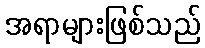
အရာများဖြစ်သည်